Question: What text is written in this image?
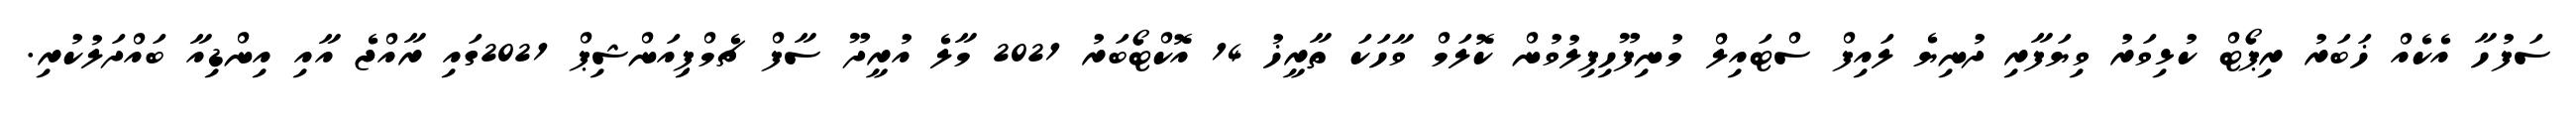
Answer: ސަފުހާ އެކެއް ޚަބަރު ރިޕޯޓް ކުޅިވަރު ވިޔަފާރި ދުނިޔެ ލައިފް ސްޓައިލް މުނިފޫހިފިލުވުން ކޮލަމް ވާހަކަ ތާރީޚު 14 އޮކްޓޯބަރު 2021 މާލެ އުރީދޫ ސާފް ޗެމްޕިއަންޝިޕް 2021ގައި ރާއްޖެ އާއި އިންޑިއާ ބައްދަލުކުރި.